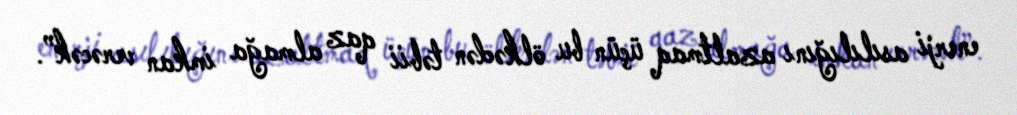
enerji asılılığını azaltmaq üçün bu ölkədən təbii qaz almağa imkan verəcək”.